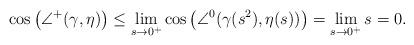
LaTeX: \begin{align*}\cos\big( \angle^+ (\gamma,\eta) \big) \leq \lim_{s \to 0^+}\cos\big( \angle^0(\gamma(s^2),\eta(s)) \big) = \lim_{s \to 0^+} s = 0 .\end{align*}